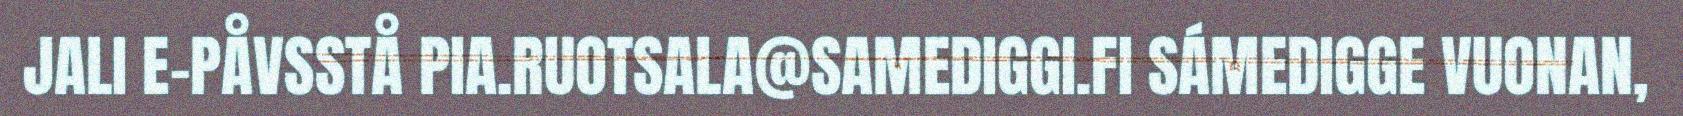
JALI E-PÅVSSTÅ PIA.RUOTSALA@SAMEDIGGI.FI SÁMEDIGGE VUONAN,